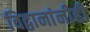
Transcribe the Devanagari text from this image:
विद्वानांनीही